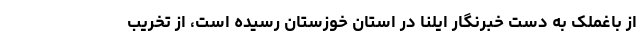
از باغملک به دست خبرنگار ایلنا در استان خوزستان رسیده است، از تخریب